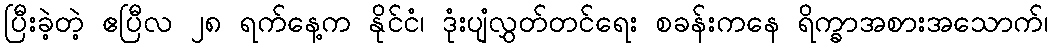
ပြီးခဲ့တဲ့ ဧပြီလ ၂၈ ရက်နေ့က နိုင်ငံ၊ ဒုံးပျံလွှတ်တင်ရေး စခန်းကနေ ရိက္ခာအစားအသောက်၊